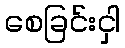
စေခြင်းငှါ